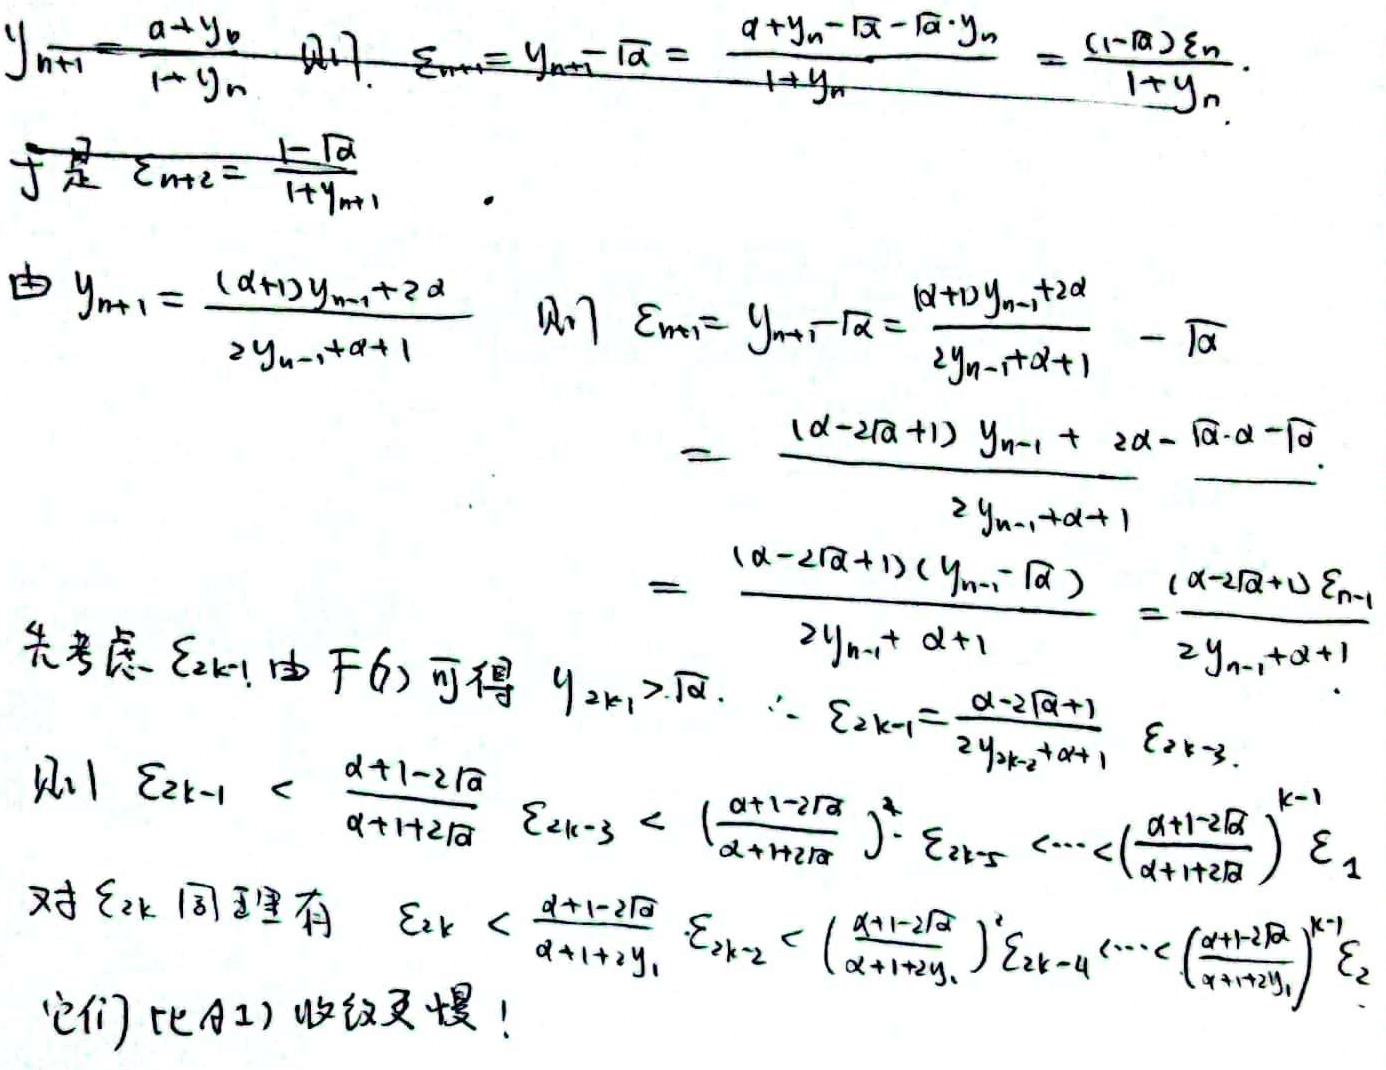
\[
\begin{align*}
y_{n + 1}&=\frac{\alpha+y_{n}}{1 + y_{n}},\quad \text{且}\quad\varepsilon_{n+1}=y_{n + 1}-\sqrt{\alpha}=\frac{\alpha+y_{n}-\sqrt{\alpha}-\sqrt{\alpha}\cdot y_{n}}{1 + y_{n}}=\frac{(1-\sqrt{\alpha})\varepsilon_{n}}{1 + y_{n}}\\
\text{于是}\quad\varepsilon_{n+2}&=\frac{1-\sqrt{\alpha}}{1 + y_{n+1}}\\
\text{由}\quad y_{n+1}&=\frac{(\alpha + 1)y_{n-1}+2\alpha}{2y_{n-1}+\alpha + 1},\quad \text{则}\quad\varepsilon_{n+1}=y_{n + 1}-\sqrt{\alpha}=\frac{(\alpha + 1)y_{n-1}+2\alpha}{2y_{n-1}+\alpha + 1}-\sqrt{\alpha}\\
&=\frac{(\alpha-2\sqrt{\alpha}+1)y_{n-1}+2\alpha-\sqrt{\alpha}\cdot\alpha-\sqrt{\alpha}}{2y_{n-1}+\alpha + 1}\\
&=\frac{(\alpha-2\sqrt{\alpha}+1)(y_{n-1}-\sqrt{\alpha})}{2y_{n-1}+\alpha + 1}=\frac{(\alpha-2\sqrt{\alpha}+1)\varepsilon_{n-1}}{2y_{n-1}+\alpha + 1}\\
\text{先考虑}\ \varepsilon_{2k - 1},\text{由}(6)\text{可得}\ y_{2k-1}&>\sqrt{\alpha},\quad\therefore\quad\varepsilon_{2k-1}=\frac{\alpha-2\sqrt{\alpha}+1}{2y_{2k - 2}+\alpha + 1}\varepsilon_{2k - 3}\\
\text{则}\quad\varepsilon_{2k-1}&<\frac{\alpha + 1-2\sqrt{\alpha}}{\alpha + 1+2\sqrt{\alpha}}\varepsilon_{2k - 3}<\left(\frac{\alpha + 1-2\sqrt{\alpha}}{\alpha + 1+2\sqrt{\alpha}}\right)^{2}\varepsilon_{2k - 5}<\cdots<\left(\frac{\alpha + 1-2\sqrt{\alpha}}{\alpha + 1+2\sqrt{\alpha}}\right)^{k - 1}\varepsilon_{1}\\
\text{对}\ \varepsilon_{2k}\text{同理有}\quad\varepsilon_{2k}&<\frac{\alpha + 1-2\sqrt{\alpha}}{\alpha + 1+2y_{1}}\varepsilon_{2k - 2}<\left(\frac{\alpha + 1-2\sqrt{\alpha}}{\alpha + 1+2y_{1}}\right)^{2}\varepsilon_{2k - 4}<\cdots<\left(\frac{\alpha + 1-2\sqrt{\alpha}}{\alpha + 1+2y_{1}}\right)^{k - 1}\varepsilon_{2}\\
\text{它们比}(1)\text{收敛更慢！}
\end{align*}
\]